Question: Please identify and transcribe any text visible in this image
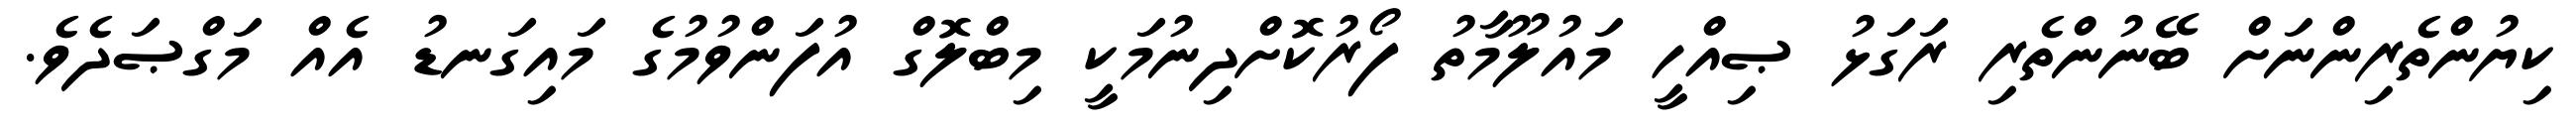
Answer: ކިޔުންތެރިންނަށް ބޭނުންތެރި ރަގަޅު ޞިއްހީ މައުލޫމާތު ފޯރުކޮށްދިނުމަކީ މިބްލޮގް އުފަންވުމުގެ މައިގަނޑު އެއް މަގްޞަދެވެ.